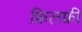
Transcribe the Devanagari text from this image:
फ्रिलफ्री